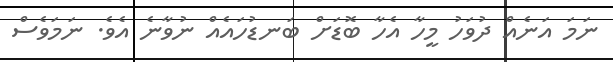
ނަމަ އަނެއް ދުވަހު މީހާ އެހާ ބޮޑަށް ބަނޑުހައެއް ނުވާނެ އެވެ. ނަމަވެސް